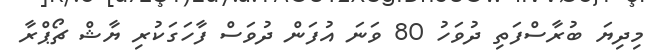
މިދިޔަ ބުރާސްފަތި ދުވަހު 80 ވަނަ އުފަން ދުވަސް ފާހަގަކުރި ޔާޝް ޗޯޕްރާ